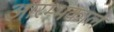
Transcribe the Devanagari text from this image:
आरम्भकाल